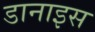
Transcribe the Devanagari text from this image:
डानाइस